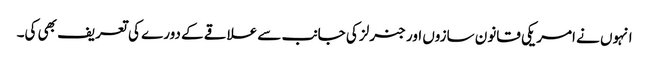
انہوں نے امریکی قانون سازوں اور جنرلز کی جانب سے علاقے کے دورے کی تعریف بھی کی۔